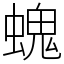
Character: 螝